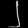
Digit: ၂